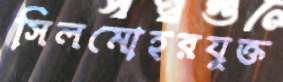
সিলমোহরযুক্ত